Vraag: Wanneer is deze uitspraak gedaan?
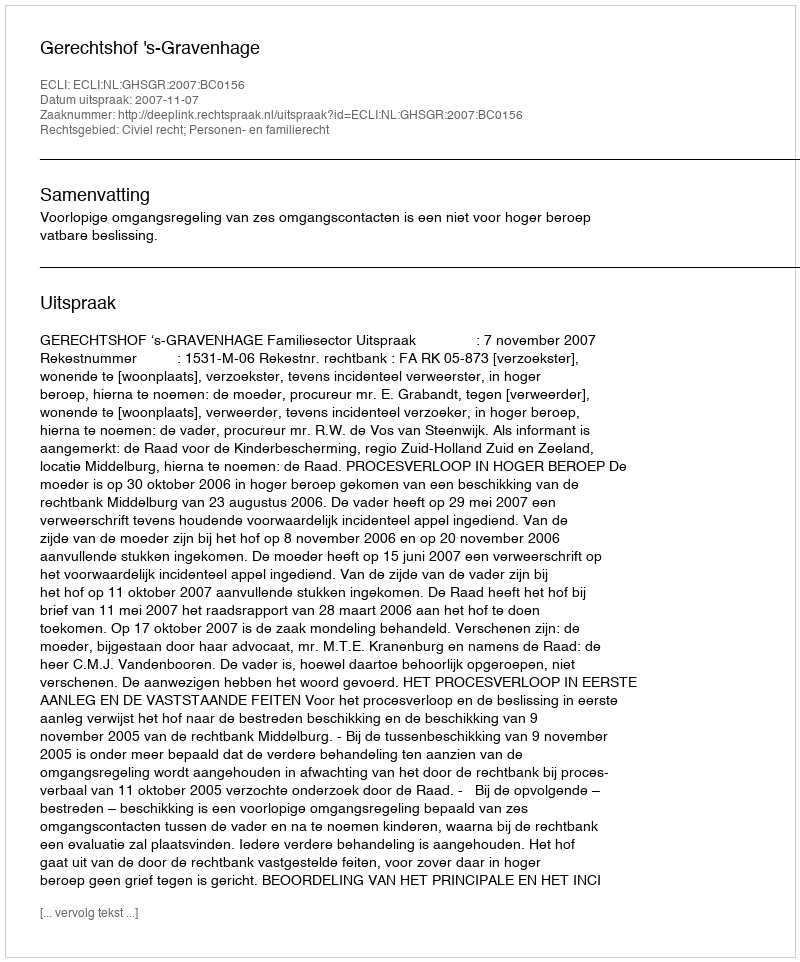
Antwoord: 2007-11-07